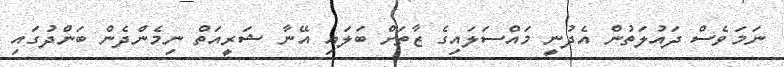
ނަމަވެސް ދައުލަތުން އެދުނީ މައްސަލައިގެ ޒާތަށް ބަލައި އޭނާ ޝަރީއަތް ނިމެންދެން ބަންދުގައި